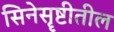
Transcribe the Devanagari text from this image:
सिनेसॄष्टीतील